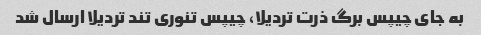
به جای چیپس برگ ذرت تردیلا، چیپس تنوری تند تردیلا ارسال شد